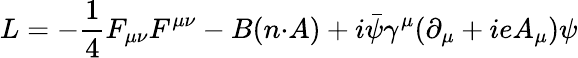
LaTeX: L=-\frac{1}{4}F_{{\mu}{\nu}}F^{{\mu}{\nu}}-B(n{\cdot}A)+i\bar{\psi}{\gamma}^{\mu}({\partial}_{\mu}+ieA_{\mu}){\psi}